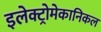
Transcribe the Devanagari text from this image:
इलेक्ट्रोमेकानिकल